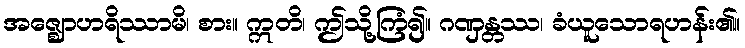
အဇ္ဈောဟရိဿာမိ၊ စား။ ဣတိ၊ ဤသို့ကြံ၍။ ဂဏှန္တဿ၊ ခံယူသောရဟန်း၏။